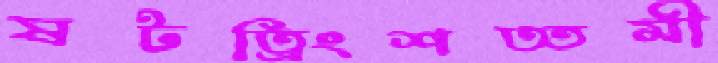
ষটত্রিংশত্তমী